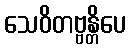
သေဝိတဗ္ဗန္တိပေ